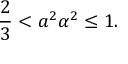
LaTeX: \frac 2 3 < a ^ { 2 } \alpha ^ { 2 } \leq 1 .